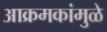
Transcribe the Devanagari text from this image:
आक्रमकांमुळे